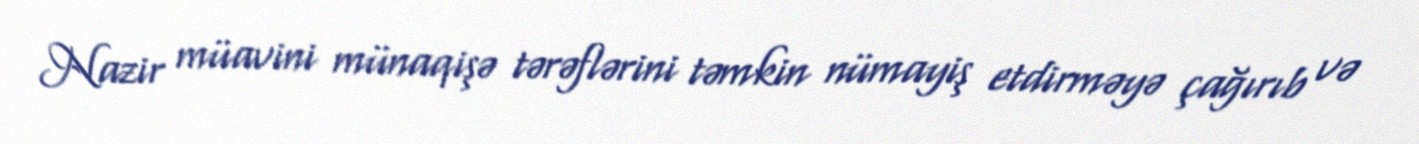
Nazir müavini münaqişə tərəflərini təmkin nümayiş etdirməyə çağırıb və